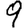
Digit: 9